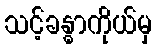
သင့်ခန္ဓာကိုယ်မှ